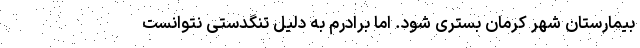
بیمارستان شهر کرمان بستری شود. اما برادرم به دلیل تنگدستی نتوانست